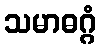
သမာဓဂ္ဂံ